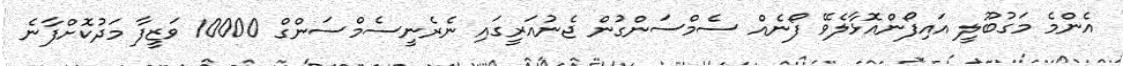
އެންމެ މަގުބޫލީ އައިފޯންއޮޅާލެވޭ ފޯނެއް ސެމްސަންގުން ޖެނުއަރީގައި ނެރެނީސެމްސަންގް 10000 ވަޒީފާ މަދުކޮށްފާނެ